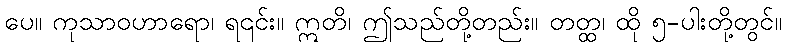
ပေ။ ကုသာဝဟာရော၊ ရ၎င်း။ ဣတိ၊ ဤသည်တို့တည်း။ တတ္ထ၊ ထို ၅-ပါးတို့တွင်။